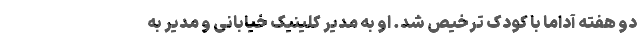
دو هفته آداما با کودک ترخیص شد. او به مدیر کلینیک خیابانی و مدیر به